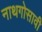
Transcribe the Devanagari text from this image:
नाथगोसावी